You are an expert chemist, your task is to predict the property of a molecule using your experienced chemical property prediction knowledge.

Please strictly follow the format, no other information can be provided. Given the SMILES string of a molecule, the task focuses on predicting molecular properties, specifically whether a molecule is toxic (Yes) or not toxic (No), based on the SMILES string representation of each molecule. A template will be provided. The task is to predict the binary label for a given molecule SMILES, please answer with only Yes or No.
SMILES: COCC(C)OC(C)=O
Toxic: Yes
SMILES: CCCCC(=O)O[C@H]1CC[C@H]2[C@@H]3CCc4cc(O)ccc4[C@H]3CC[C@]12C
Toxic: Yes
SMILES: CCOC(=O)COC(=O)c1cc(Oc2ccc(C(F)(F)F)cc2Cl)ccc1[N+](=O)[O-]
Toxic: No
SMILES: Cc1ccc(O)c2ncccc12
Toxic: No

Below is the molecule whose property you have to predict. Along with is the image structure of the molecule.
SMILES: Cc1oc(-c2ccccc2)nc1CCOc1cccc2c1ccn2CCC(=O)O
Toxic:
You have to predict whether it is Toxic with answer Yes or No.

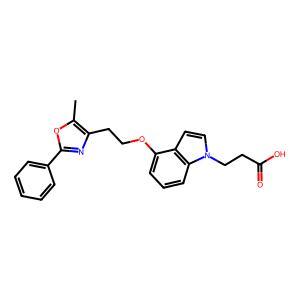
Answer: No